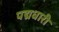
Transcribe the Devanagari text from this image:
पद्मधारी